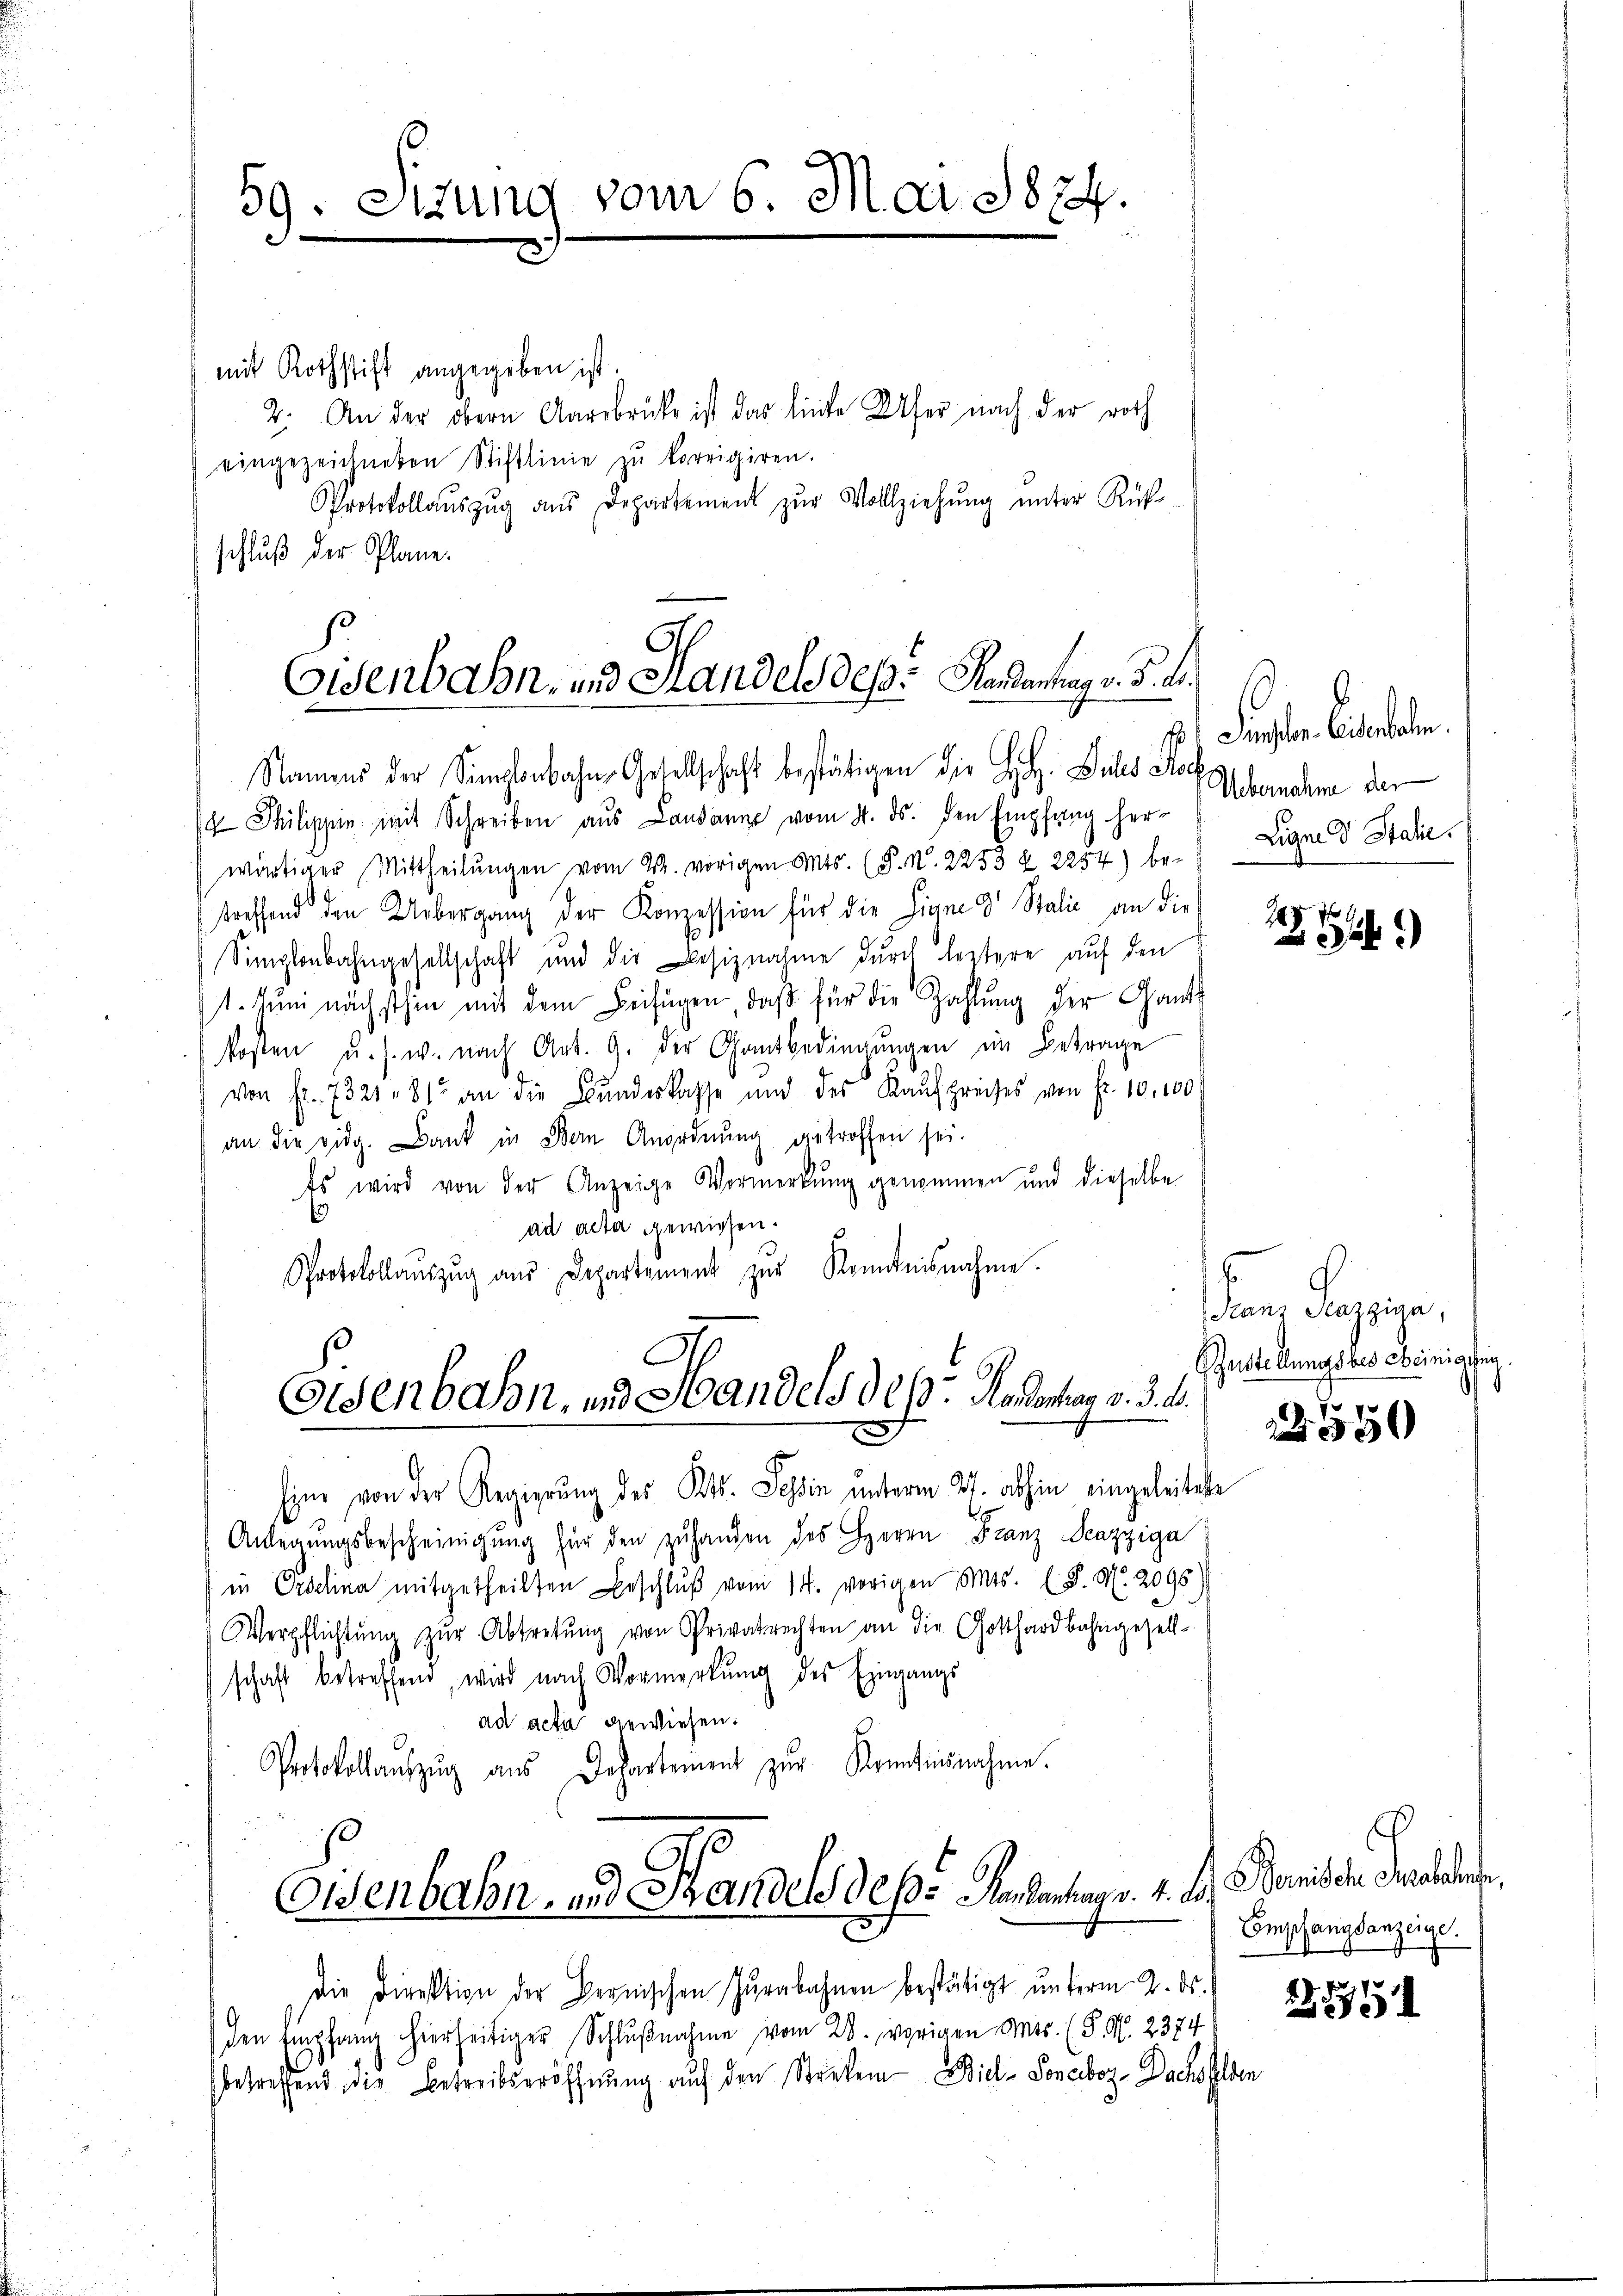
59. Sitzung vom 6. Mai 1874.

A.
Eisenbahn- und Handels des Handentag v. 5. d.
Namens der Simplonbahn Gesellschaft bestätigen die H. Siles Hof Obernahme der

Osenbahn, und Handels des Handenhang v. 3. 4.

mit Rothstift angegeben ist.
2. An der obern Aarbrücke ist das liefe Ufer nach der roth
eingezeichneten Stiftlinie zŭ korrigiren.
Protokollaŭszŭg aŭs Departement zŭr Vollziehŭng ŭnter Rück-
schluß der Plane.
 Philippin mit Schreiben aus Landann vom 4. ds. den Empfang her-
wärtiger Mittheilŭngen vom 22. vorigen Mts. (T. N. 2253 f. 2254) be- Eigne d Stalie
treffend den Uebergang der Konzession für die Sinne d Stalie an die
Simplenbahngesellschaft und die Besiznahme durch leitere auf den
1. Jŭni nächsthin mit dem Beifügen, daβ für die Zahlŭng der Gant
Rosen u. s. w. nach Art. 9. der Gantbedingungen im Betrage
von fr. 7321. 81 an die Bŭndeskasse und des Kaŭfpreises von Fr. 10. 100
an die vidg. Dank in Bern Anordnung getroffen sei.
Es wird von der Anzeige Vormerkung genommen und dieselbe
ad acta gewiesen.
Protokollaŭszŭg aŭs Departement zŭr Kenntnisnahme.

Eisenbahn- und Pandels des Handantung v. 4. d.

1. Feber Lieben.

Eine von der Regierung des Kts. Tessin unterm 27. abhin eingeleitete
Anlegŭngsbescheinigŭng für den zŭ handen des Herrn Franz Scazziga
in Pedelina mitgetheilten Beschlŭβ vom 14. vorigen Cts. (§. M. 2595)
Verpflichtŭng zŭr Abtretŭng von Privatrechten an die Gotthardbahngesell-
schaft betreffend, wird nach Vormerkŭng des Eingangs
ad acta gewiesen.
Protokollaŭszŭg aŭs Departement zŭr Kenntnisnahme.

Die Direktion der Bernischen Zŭrabahnen bestätigt unterm 2. ds.
den Empfang hierseitiger Schlußnahme vom 28. vorigen Ants. (S. N. 2374
betreffend die Betreibseröffnung auf den Streken- Biel - Soneboz Dachsfelden

25 x
xx

Pran Stazziga,
Pustellungsbescheinigung.

2550

Benisch Grabende,
Empfangsanzeige.

255